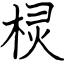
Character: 棂